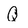
Character: Q